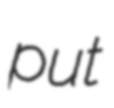
put